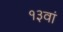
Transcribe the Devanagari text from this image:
१३वां